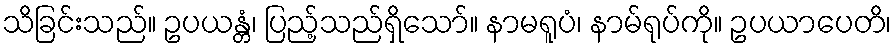
သိခြင်းသည်။ ဥပယန္တံ၊ ပြည့်သည်ရှိသော်။ နာမရူပံ၊ နာမ်ရုပ်ကို။ ဥပယာပေတိ၊